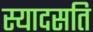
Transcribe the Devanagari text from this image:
स्यादसति